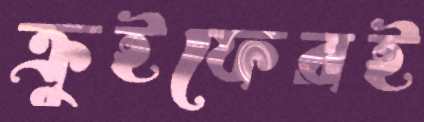
ক্রুইফেরই